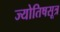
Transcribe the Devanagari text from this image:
ज्योतिषसूत्र